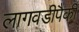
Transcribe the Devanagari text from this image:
लागवडीपैकी